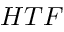
H T F